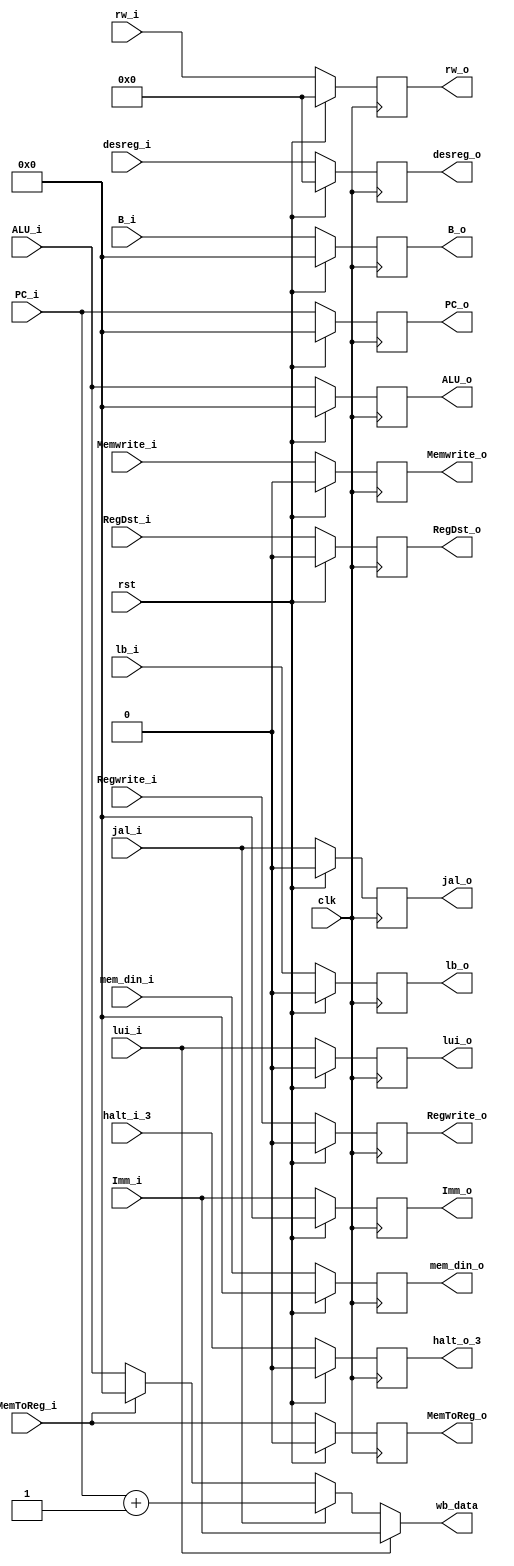
`timescale 1ns / 1ps
//////////////////////////////////////////////////////////////////////////////////
// Company: HUST
// Engineer: 
// 
// Design Name: CPU_Optimal_Streamline
// Module Name: EX_Mem
// 
//////////////////////////////////////////////////////////////////////////////////

//EX_Mem
module ex_mem(
    input       clk, rst, halt_i_3,
    input       [4:0] rw_i,
    input       jal_i,
    input       Memwrite_i, MemToReg_i,Regwrite_i,RegDst_i,
    input       lb_i,
    input       lui_i,
    input       [31:0] B_i, Imm_i, PC_i, ALU_i,
    input       [4:0] desreg_i,
    input       [31:0] mem_din_i,
    output reg  halt_o_3,
    output reg  [4:0] rw_o,
    output reg  jal_o,
    output reg  Memwrite_o, MemToReg_o,Regwrite_o,RegDst_o,
    output reg  lb_o,
    output reg  lui_o,
    output reg  [31:0] B_o, Imm_o, PC_o, ALU_o,
    output reg  [4:0]   desreg_o,
    output reg  [31:0]  mem_din_o,
    output      [31:0]  wb_data
    );
    assign wb_data =  lui_i? Imm_i
                        :(jal_i? (PC_i+1)
                             :(MemToReg_i? 0 :ALU_i));
    initial begin
        //WB
        rw_o <= 0;
        MemToReg_o <= 0;    //ALUMem
        jal_o <= 0;         //PC+1
        lui_o <= 0;         //LUI
        Regwrite_o <= 0;    //
        RegDst_o <= 0;      //
        //MemALU
        Memwrite_o <= 0;    //ram
        lb_o <= 0;          //memload
        //A,B,PC,IMM
        B_o <= 0;           //ALU
        PC_o <= 0;          //NPC
        Imm_o <= 0;            //1.ALU2.NPC
        ALU_o <= 0;
        halt_o_3 <= 0;
        desreg_o <= 0;
        mem_din_o <= 0;
    end
    always @(posedge clk) begin
        if (rst) begin
            //WB
            rw_o <= 0;
            MemToReg_o <= 0;    //ALUMem
            jal_o <= 0;         //PC+1
            lui_o <= 0;         //LUI
            Regwrite_o <= 0;    //
            RegDst_o <= 0;      //
            //MemALU
            Memwrite_o <= 0;    //ram
            lb_o <= 0;          //memload
            //A,B,PC,IMM
            B_o <= 0;           //ALU
            PC_o <= 0;          //NPC
            Imm_o <= 0;            //1.ALU2.NPC
            ALU_o <= 0;
            halt_o_3 <= 0;
            desreg_o <= 0;
            mem_din_o <= 0;
        end
        else begin
            //WB
            rw_o <= rw_i;
            MemToReg_o <= MemToReg_i;    //ALUMem
            jal_o <= jal_i;         //PC+1
            lui_o <= lui_i;         //LUI
            Regwrite_o <= Regwrite_i;    //
            RegDst_o <= RegDst_i;      //
            //MemALU
            Memwrite_o <= Memwrite_i;    //ram
            lb_o <= lb_i;          //memload
            //A,B,PC,IMM
            B_o <= B_i;           //ALU
            PC_o <= PC_i;          //NPC
            Imm_o <= Imm_i;            //1.ALU2.NPC
            ALU_o <= ALU_i;
            halt_o_3 <= halt_i_3;
            desreg_o <= desreg_i;
            mem_din_o <= mem_din_i;
        end
    end
endmodule